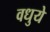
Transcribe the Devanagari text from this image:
वधुये